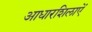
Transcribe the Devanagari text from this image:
आधारशिलाऐं